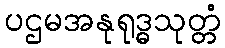
ပဌမအနုရုဒ္ဓသုတ္တံ